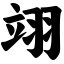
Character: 翊